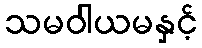
သမဝါယမနှင့်